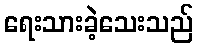
ရေးသားခဲ့သေးသည်